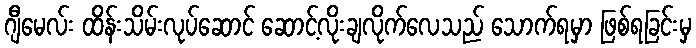
ဂျီမေလ်း ထိန်းသိမ်းလုပ်ဆောင် ဆောင့်လိုးချလိုက်လေသည် သောက်ရမှာ ဖြစ်ရခြင်းမှ